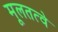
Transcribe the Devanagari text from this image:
मूलतत्वे